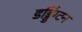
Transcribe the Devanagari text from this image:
डड्डिंग्टन